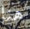
هنا